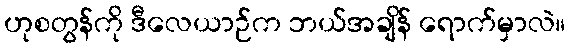
ဟုစတွန်ကို ဒီလေယာဉ်က ဘယ်အချိန် ရောက်မှာလဲ။